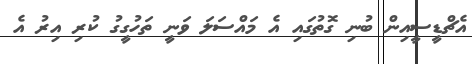
އެޗްޑީސީއިން ބުނި ގޮތުގައި އެ މައްސަލަ ވަނީ ތަހުގީގު ކުރި އިރު އެ